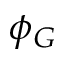
\phi _ { G }